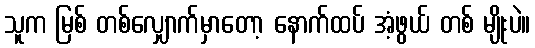
သူက မြစ် တစ်လျှောက်မှာတော့ နောက်ထပ် အံ့ဖွယ် တစ် မျိုးပဲ။